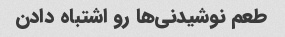
طعم نوشیدنی‌ها رو اشتباه دادن